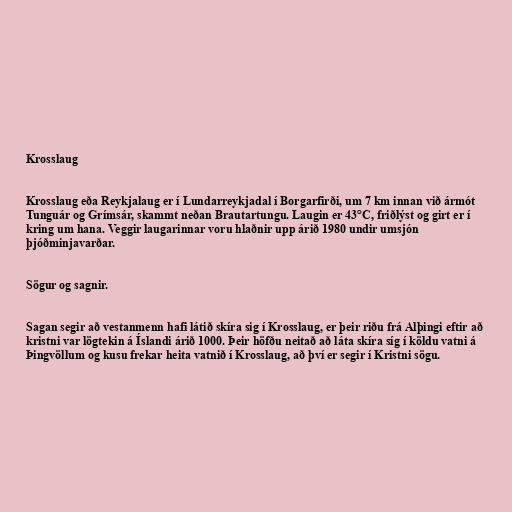
Krosslaug

Krosslaug eða Reykjalaug er í Lundarreykjadal í Borgarfirði, um 7 km innan við ármót
Tunguár og Grímsár, skammt neðan Brautartungu. Laugin er 43°C, friðlýst og girt er í
kring um hana. Veggir laugarinnar voru hlaðnir upp árið 1980 undir umsjón
þjóðminjavarðar.

Sögur og sagnir.

Sagan segir að vestanmenn hafi látið skíra sig í Krosslaug, er þeir riðu frá Alþingi eftir að
kristni var lögtekin á Íslandi árið 1000. Þeir höfðu neitað að láta skíra síg í köldu vatni á
Þingvöllum og kusu frekar heita vatnið í Krosslaug, að því er segir í Kristni sögu.